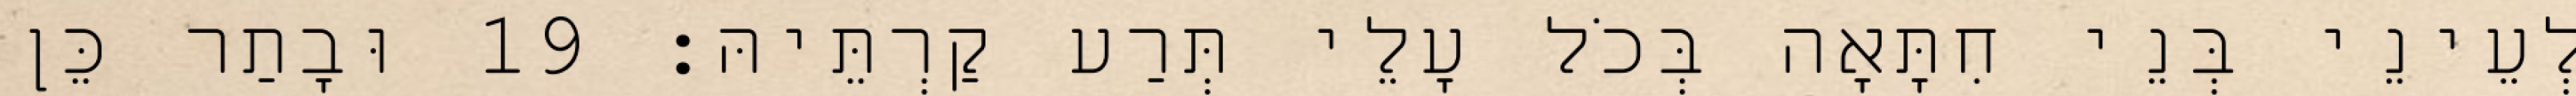
לְעֵינֵי בְּנֵי חִתָּאָה בְּכֹל עָלֵי תְּרַע קַרְתֵּיהּ׃ 19 וּבָתַר כֵּן